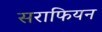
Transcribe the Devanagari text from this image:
सराफियन